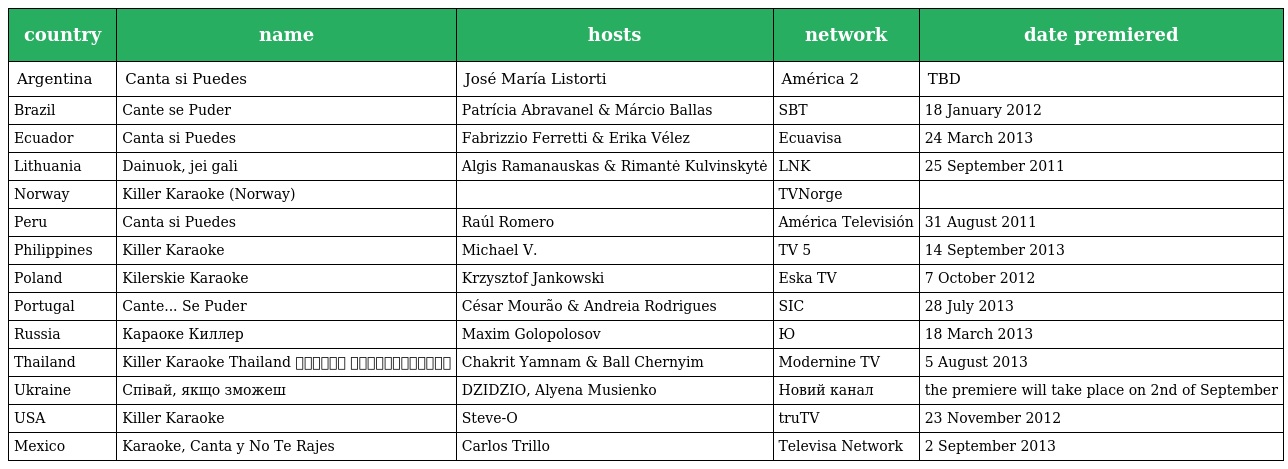
| country | name | hosts | network | date premiered |
 | --- | --- | --- | --- | --- |
 | Argentina | Canta si Puedes | José María Listorti | América 2 | TBD |
 | Brazil | Cante se Puder | Patrícia Abravanel & Márcio Ballas | SBT | 18 January 2012 |
 | Ecuador | Canta si Puedes | Fabrizzio Ferretti & Erika Vélez | Ecuavisa | 24 March 2013 |
 | Lithuania | Dainuok, jei gali | Algis Ramanauskas & Rimantė Kulvinskytė | LNK | 25 September 2011 |
 | Norway | Killer Karaoke (Norway) |  | TVNorge |  |
 | Peru | Canta si Puedes | Raúl Romero | América Televisión | 31 August 2011 |
 | Philippines | Killer Karaoke | Michael V. | TV 5 | 14 September 2013 |
 | Poland | Kilerskie Karaoke | Krzysztof Jankowski | Eska TV | 7 October 2012 |
 | Portugal | Cante... Se Puder | César Mourão & Andreia Rodrigues | SIC | 28 July 2013 |
 | Russia | Караоке Киллер | Maxim Golopolosov | Ю | 18 March 2013 |
 | Thailand | Killer Karaoke Thailand ขอร้อง อย่าหยุดร้อง | Chakrit Yamnam & Ball Chernyim | Modernine TV | 5 August 2013 |
 | Ukraine | Спiвай, якщо зможеш | DZIDZIO, Alyena Musienko | Новий канал | the premiere will take place on 2nd of September |
 | USA | Killer Karaoke | Steve-O | truTV | 23 November 2012 |
 | Mexico | Karaoke, Canta y No Te Rajes | Carlos Trillo | Televisa Network | 2 September 2013 |